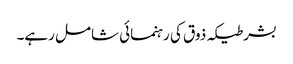
بشرطیکہ ذوق کی رہنمائی شامل رہے۔